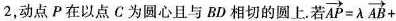
=2，动点P在以点C为圆心且与BD相切的圆上。若 $$\overrightarrow{AP}= \lambda \overrightarrow{AB}+